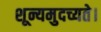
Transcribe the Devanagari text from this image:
शून्यमुदच्यते।